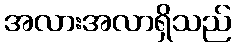
အလားအလာရှိသည်